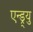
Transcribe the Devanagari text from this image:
एन्ड्र्यु